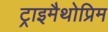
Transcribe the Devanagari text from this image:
ट्राइमैथोप्रिम